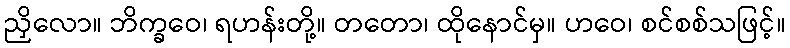
ညှိလော။ ဘိက္ခဝေ၊ ရဟန်းတို့။ တတော၊ ထိုနောင်မှ။ ဟဝေ၊ စင်စစ်သဖြင့်။